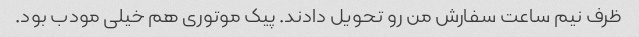
ظرف نیم ساعت سفارش من رو تحویل دادند. پیک موتوری هم خیلی مودب بود.